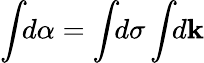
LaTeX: \int\! \! d\alpha=\int\! \! d\sigma\int\! \! d\mathbf{k}